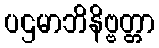
ပဌမာဘိနိဗ္ဗတ္တာ